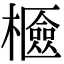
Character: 𣞘